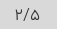
۲/۵